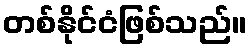
တစ်နိုင်ငံဖြစ်သည်။